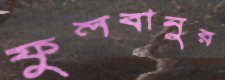
ফুলবানুর